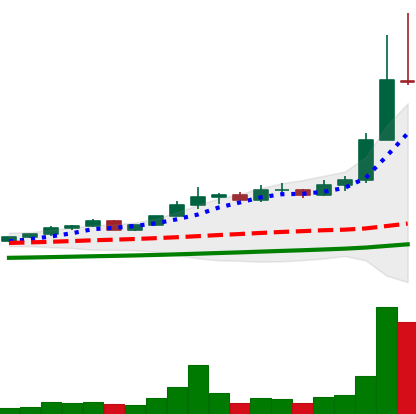
Ticker: ETC-USD
Chart end date: 2021-04-17
Forward return: -12.55%
Label: down_7plus